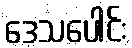
ဒေသပေါင်း